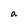
Character: a